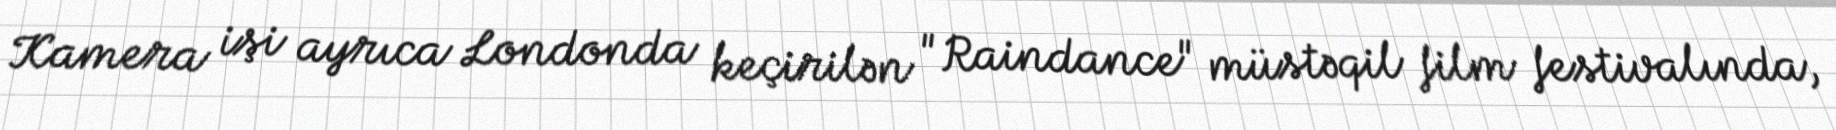
Kamera işi ayrıca Londonda keçirilən "Raindance" müstəqil film festivalında,